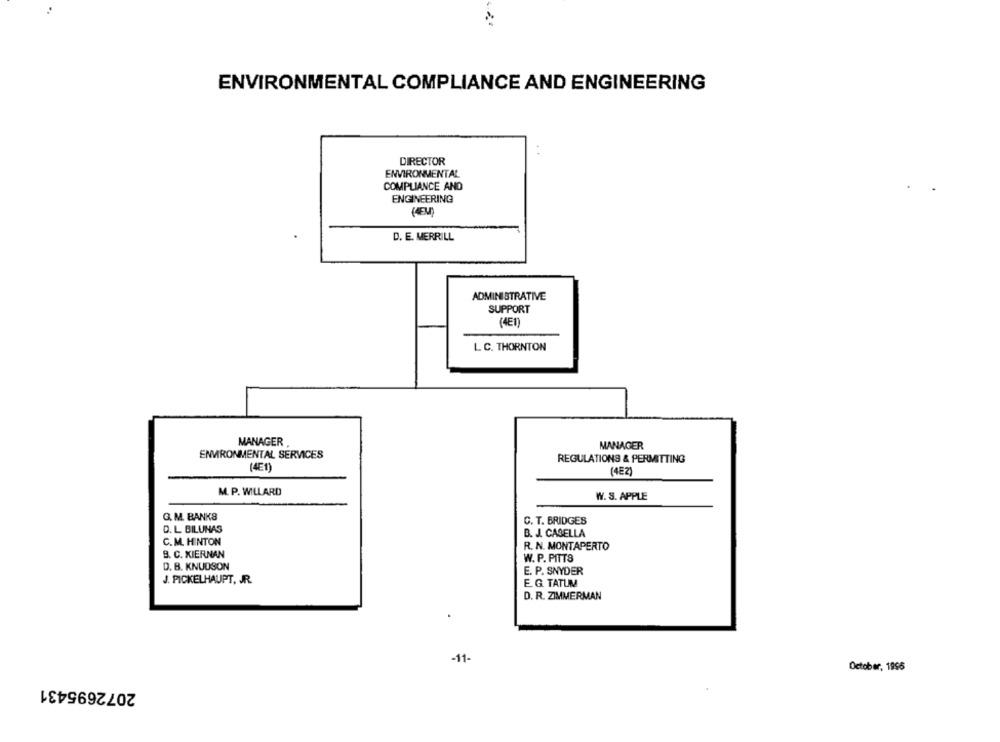
ENVIRONMENTAL COMPLIANCE AND ENGINEERING
DIRECTOR
ENVIRONMENTAL
COMPLIANCE AND
ENGINEERING
D. E. MERRILL
ADMINISTRATIVE
SUPPORT
(4E1)
L. C. THORNTON
MANAGER
MANAGER
ENVIRONMENTAL SERVICES
REGULATIONS & PERMITTING
(4E1)
(4E2)
M. P. WILLARD
W. S. APPLE
G. M. BANKS
C. T. BRIDGES
D. L. BILUNAS
B. J. CASELLA
C. M. HINTON
R. N. MONTAPERTO
B. C. KIERNAN
W. P. PITTS
D. B. KNUDSON
E. P. SNYDER
J. PICKELHAUPT, JR.
E. G. TATUM
D. R. ZIMMERMAN
-11-
October, 1996
2072695431